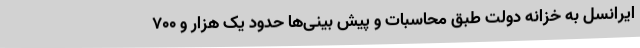
ایرانسل به خزانه دولت طبق محاسبات و پیش بینی‌ها حدود یک هزار و ۷۰۰